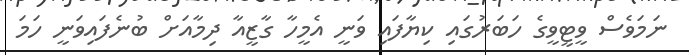
ނަމަވެސް ވީޓީވީގެ ހަބަރުގައި ކިޔާފައި ވަނީ އެމީހާ ގާޒީއާ ދިމާއަށް ބުނެފައިވަނީ ހަމަ